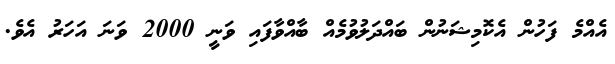
އެއްމެ ފަހުން އެކޮމިޝަނުން ބައްދަލުވުމެއް ބާއްވާފައި ވަނީ 2000 ވަނަ އަހަރު އެވެ.